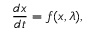
\frac { d x } { d t } = f ( x , \lambda ) ,